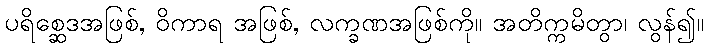
ပရိစ္ဆေဒအဖြစ်, ဝိကာရ အဖြစ်, လက္ခဏအဖြစ်ကို။ အတိက္ကမိတွာ၊ လွန်၍။